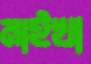
মাইখা